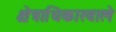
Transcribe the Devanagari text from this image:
क्षेत्राधिकारवाले